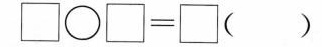
$$\Box \bigcirc \Box = \Box $$( )